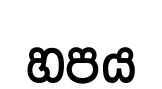
හපය